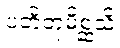
ပတိတုမိစ္ဆသိ